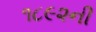
૧૮૯૨ની